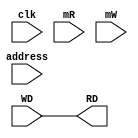
`timescale 1ns / 1ps
//////////////////////////////////////////////////////////////////////////////////
// Company: 
// Engineer: 
// 
// Design Name: 
// Module Name: Data_Memory
// Project Name: 
// Target Devices: 
// Tool Versions: 
// Description: 
// 
// Dependencies: 
// 
// Revision:
// Revision 0.01 - File Created
// Additional Comments:
// 
//////////////////////////////////////////////////////////////////////////////////
module Data_Memory(
    input clk, mR, mW,
    input [15:0] address, WD,
    output reg [15:0] RD
    );
    always @ (clk)
        begin
            RD = WD;
        end
endmodule